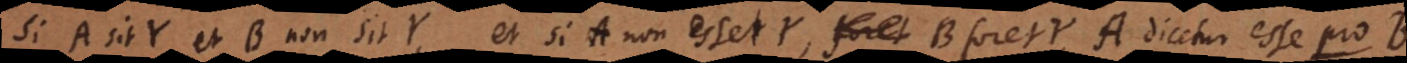
Si A sit Y et B non sit Y, et si A non esset Y, B foret Y, A dicetur esse p r o